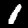
Label: 1